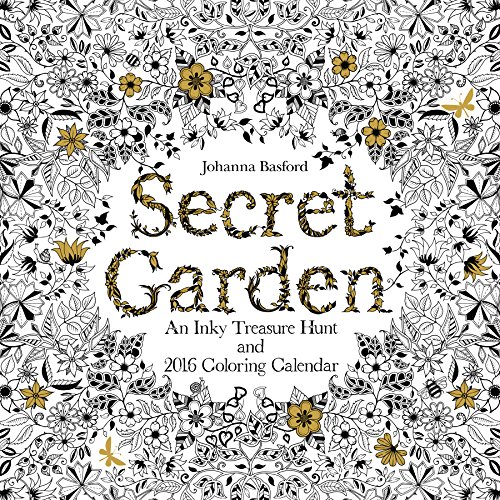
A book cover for Secret Garden 2016 Wall Calendar: An Inky Treasure Hunt and 2016 Coloring Calendar; Johanna Basford; Calendars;